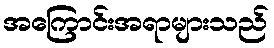
အကြောင်းအရာများသည်